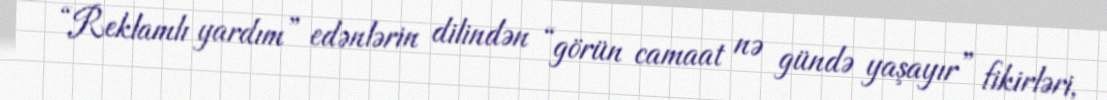
“Reklamlı yardım” edənlərin dilindən “görün camaat nə gündə yaşayır” fikirləri,